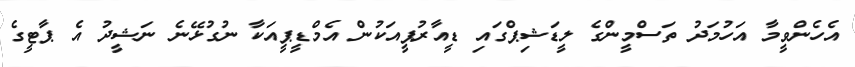
އެހެންވީމާ އަހުމަދު ތަސްމީންގެ ލީޑަޝިޕްގައި ޑީއާރުޕީއަކުން އެމްޑީޕީއަކާ ނުގުޅޭނެ ނަޝީދު އެ ޕާޓީގެ